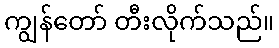
ကျွန်တော် တီးလိုက်သည်။